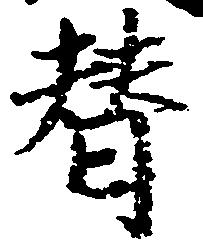
替